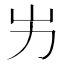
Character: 屴